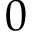
0